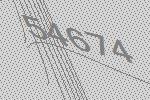
54674